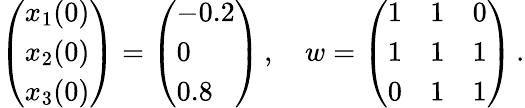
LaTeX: \left(\begin{array}{l}{x_{1}(0)}\\ {x_{2}(0)}\\ {x_{3}(0)}\end{array}\right)=\left(\begin{array}{l}{-0.2}\\ {0}\\ {0.8}\end{array}\right)\, ,\quad w=\left(\begin{array}{lll}{1}&{1}&{0}\\ {1}&{1}&{1}\\ {0}&{1}&{1}\end{array}\right)\, .